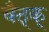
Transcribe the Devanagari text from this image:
बैठ्क्